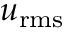
u _ { \mathrm { r m s } }